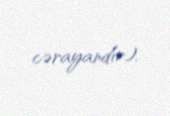
cərayandır).